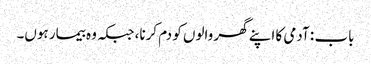
باب : آدمی کا اپنے گھر والوں کو دم کرنا، جبکہ وہ بیمار ہوں۔